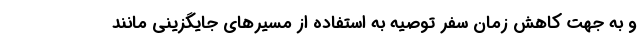
و به جهت کاهش زمان سفر توصیه به استفاده از مسیرهای جایگزینی مانند